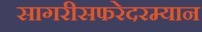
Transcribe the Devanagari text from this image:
सागरीसफरेदरम्यान